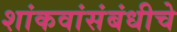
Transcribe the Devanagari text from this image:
शांकवांसंबंधीचे